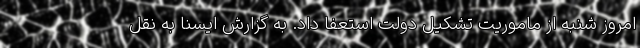
امروز شنبه از ماموریت تشکیل دولت استعفا داد. به گزارش ایسنا به نقل